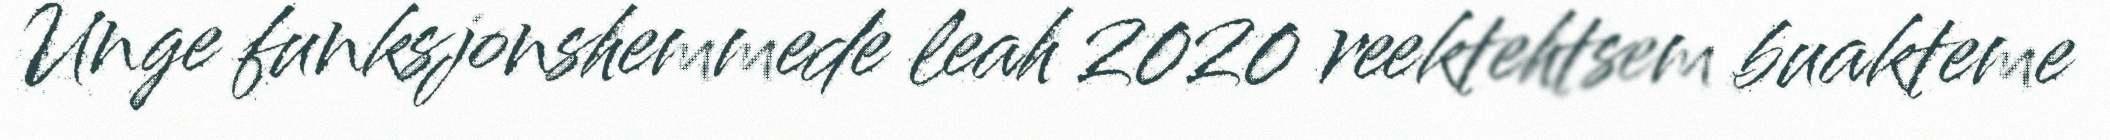
Unge funksjonshemmede leah 2020 reektehtsem buakteme